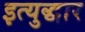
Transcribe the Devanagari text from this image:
इत्युद्धार